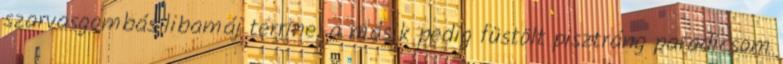
szarvasgombás libamáj terrine, a másik pedig füstölt pisztráng paradicsom